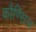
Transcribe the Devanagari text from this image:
कौण्सिल